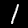
Label: 1